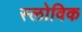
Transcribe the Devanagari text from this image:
स्लोविक